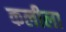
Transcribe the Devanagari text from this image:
कलीला